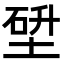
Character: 𡎂